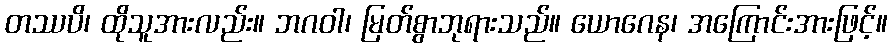
တဿပိ၊ ထိုသူအားလည်း။ ဘဂဝါ၊ မြတ်စွာဘုရားသည်။ ယောဂေန၊ အကြောင်းအားဖြင့်။